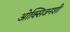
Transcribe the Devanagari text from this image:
ओक्सिजनशी